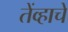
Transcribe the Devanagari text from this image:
तेंव्हाचे